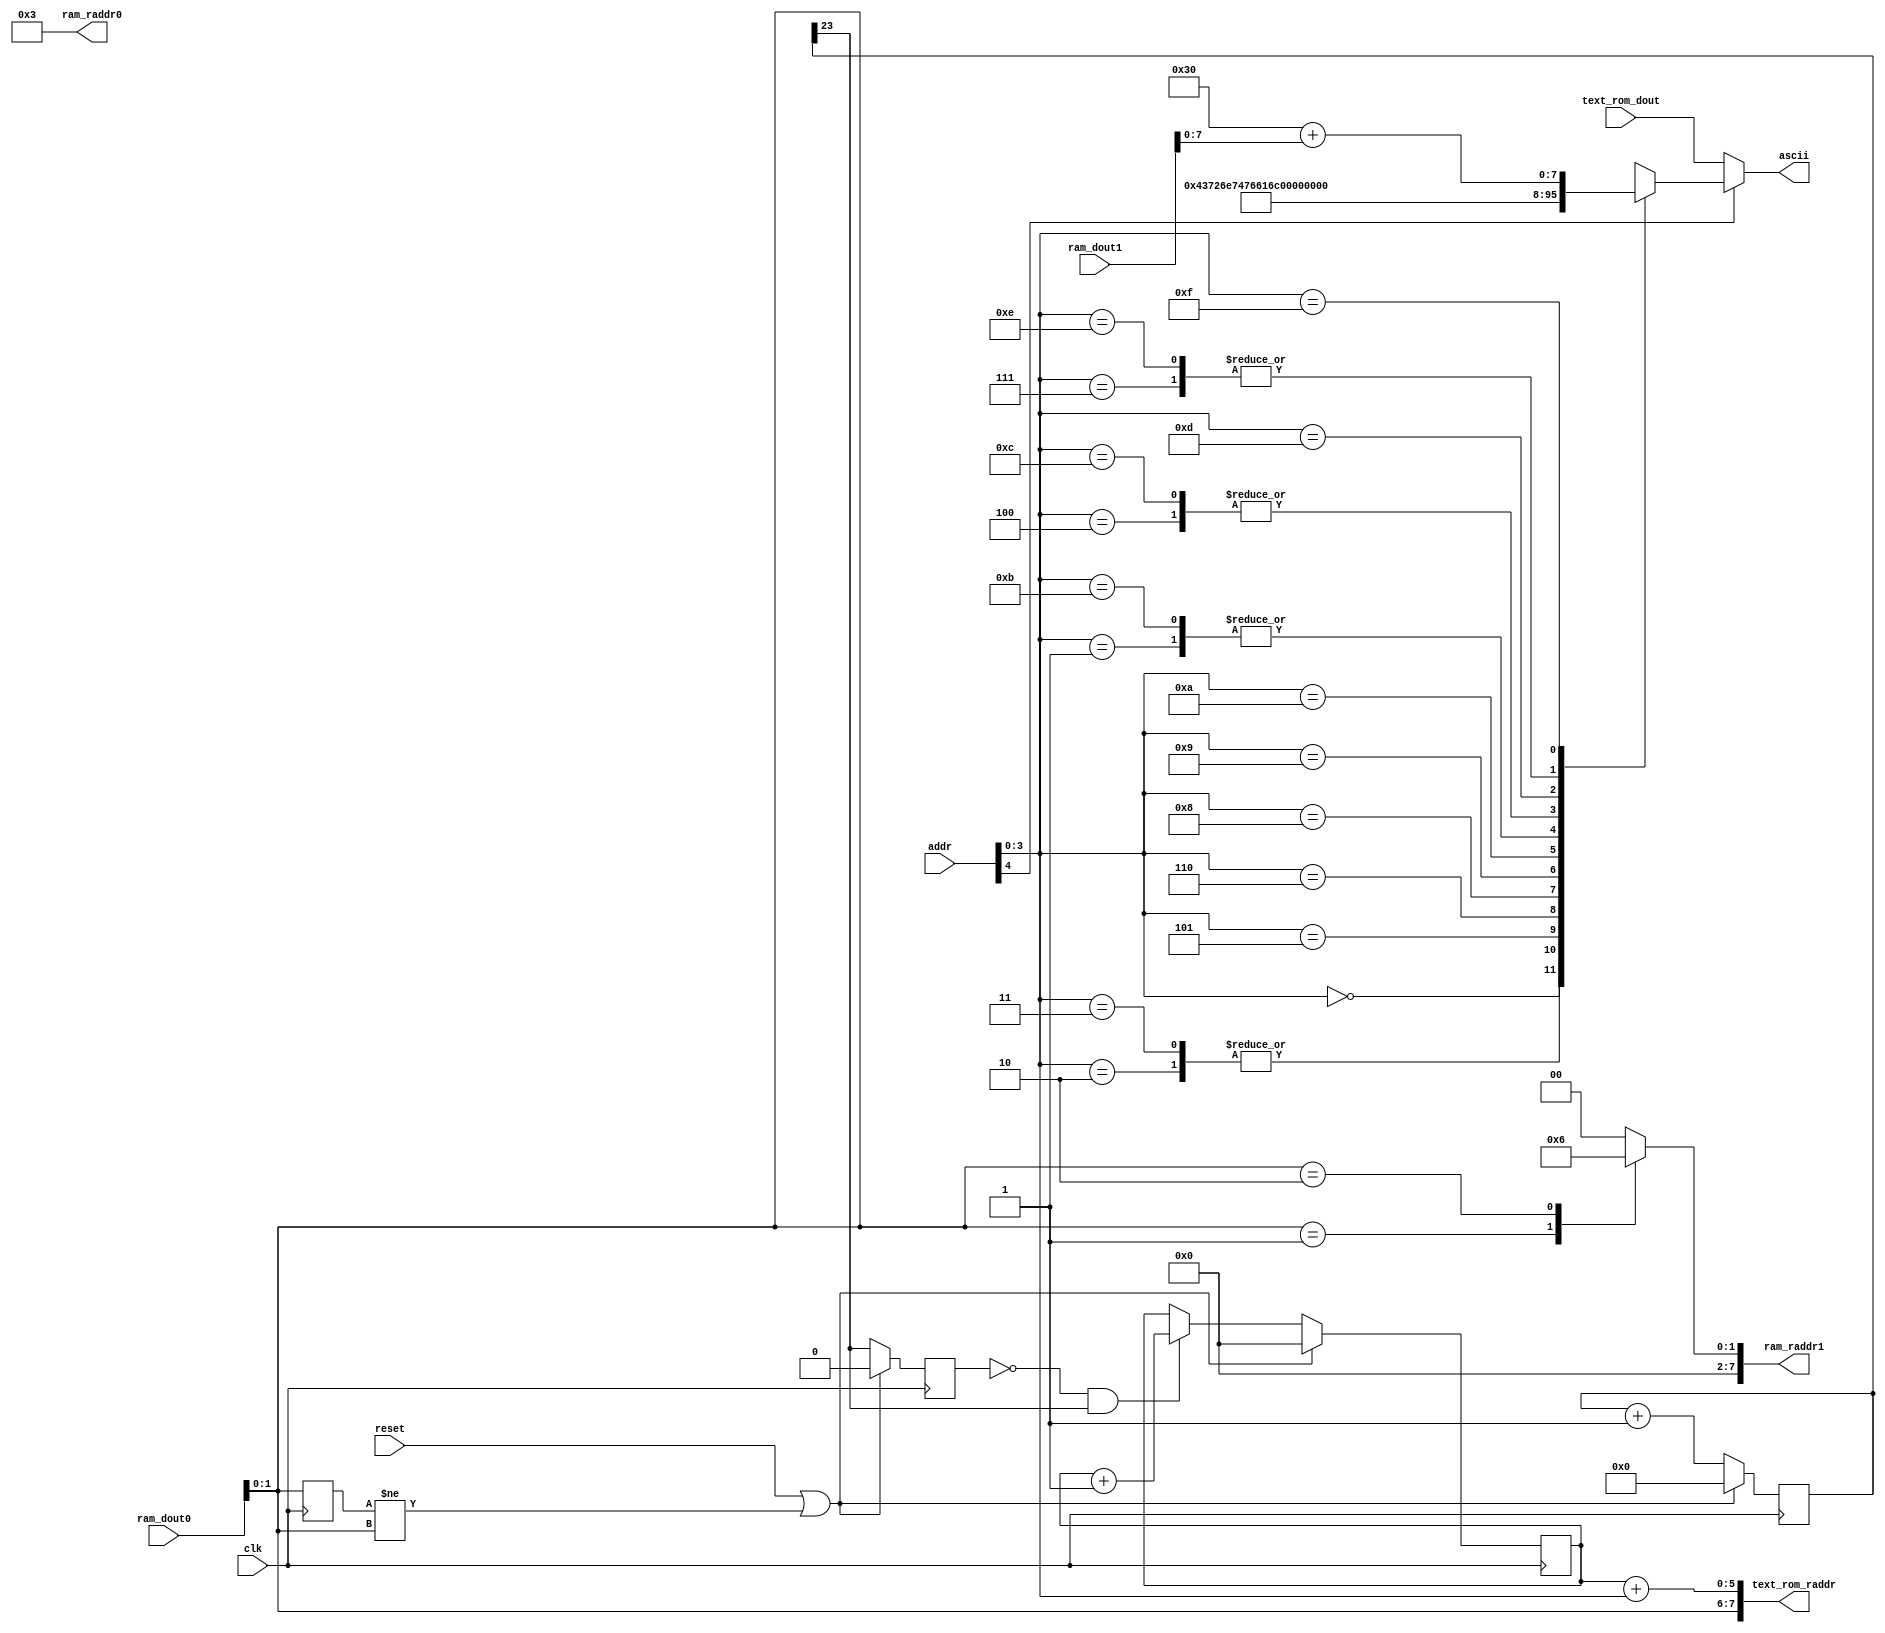
module lcd_adapter(input clk,
                   input reset,
                   input [4:0] addr,
                   input [31:0] ram_dout0,
                   input [31:0] ram_dout1,
                   input [7:0] text_rom_dout,
                   output [7:0] ram_raddr0,
                   output reg [7:0] ram_raddr1,
                   output [7:0] text_rom_raddr,
                   output reg [7:0] ascii);
    
    // Parameters
    localparam VOLUME_RAM_ADDRESS          = 8'd0;
    localparam FILTER_CHOICE_ADDRESS       = 8'd1;
    localparam OSC_CHOICE_ADDRESS          = 8'd2;
    localparam SETTINGS_MENU_ADDRESS       = 8'd3;
    localparam NOTE_ON_START_ADDRESS       = 8'd4;
    localparam NOTE_PHASE_START_ADDRESS    = NOTE_ON_START_ADDRESS + 8'd24;

    // Registers and wires
    wire row;
    wire [3:0] col;
    wire [1:0] menu;
    wire [7:0] dout1_to_ascii;
    reg [1:0] last_menu;
    reg [23:0] scroller_timer;
    reg last_scroller_msb;
    reg [5:0] index;


    // Sequential logic
    always @(posedge clk)
        last_menu <= menu;

    always @(posedge clk)
        if (reset | (last_menu != menu))
            index <= 0;
        else if ((last_scroller_msb == 1'b0) & (scroller_timer[23] == 1'b1))
            index <= index + 1;
        else
            index <= index;
    
    always @(posedge clk)
        if (reset | (last_menu != menu))
            last_scroller_msb = 0;
        else
            last_scroller_msb <= scroller_timer[23];
    
    always @(posedge clk)
        if (reset | (last_menu != menu))
            scroller_timer <= 0;
        else
            scroller_timer <= scroller_timer + 1;
    

    // Combinational logic
    assign row = addr[4];
    assign col = addr[3:0];
    
    assign ram_raddr0 = SETTINGS_MENU_ADDRESS;
    assign menu       = ram_dout0;
    
    assign text_rom_raddr = {menu, index + {2'b00, col}};
    
    always @(*)
        case (menu)
            2'h0: ram_raddr1 <= VOLUME_RAM_ADDRESS;
            2'h1: ram_raddr1 <= FILTER_CHOICE_ADDRESS;
            2'h2: ram_raddr1 <= OSC_CHOICE_ADDRESS;
            default ram_raddr1 <= 0;
        endcase
    
    always @(*)
        if (row == 1'b0) begin
            ascii <= text_rom_dout;
        end
        else begin
            case (col)
                4'h0: ascii <= "C";
                4'h1: ascii <= "u";
                4'h2: ascii <= "r";
                4'h3: ascii <= "r";
                4'h4: ascii <= "e";
                4'h5: ascii <= "n";
                4'h6: ascii <= "t";
                4'h7: ascii <= " ";
                4'h8: ascii <= "v";
                4'h9: ascii <= "a";
                4'hA: ascii <= "l";
                4'hB: ascii <= "u";
                4'hC: ascii <= "e";
                4'hD: ascii <= ":";
                4'hE: ascii <= " ";
                4'hF: ascii <= dout1_to_ascii;
            endcase
        end

	 assign dout1_to_ascii = "0" + ram_dout1;
    
endmodule